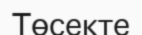
Төсекте